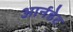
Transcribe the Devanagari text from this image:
आर्नडेट